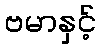
ဗမာနှင့်